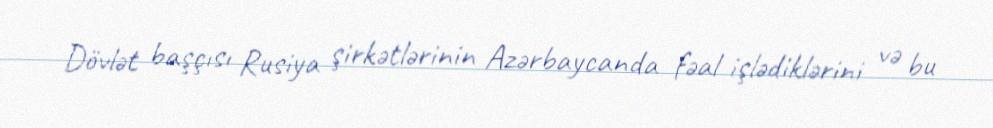
Dövlət başçısı Rusiya şirkətlərinin Azərbaycanda fəal işlədiklərini və bu